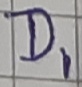
Text: D1